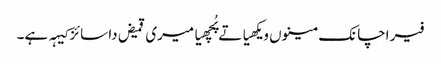
فیر اچانک مینوں ویکھیا تے پُچھیا میری قمیض دا سائز کیہہ ہے۔